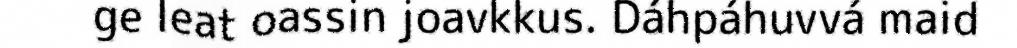
ge leat oassin joavkkus. Dáhpáhuvvá maid